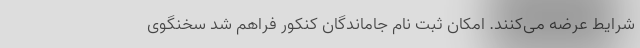
شرایط عرضه می‌کنند. امکان ثبت نام جاماندگان کنکور فراهم شد سخنگوی